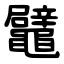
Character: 鼊